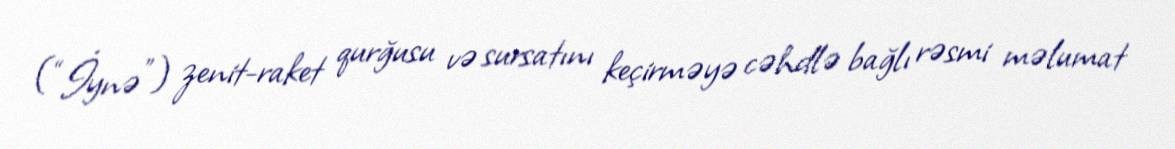
(“İynə”) zenit-raket qurğusu və sursatını keçirməyə cəhdlə bağlı rəsmi məlumat